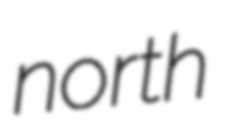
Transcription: north